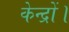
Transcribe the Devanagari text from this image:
केन्द्रों।